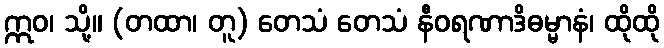
ဣဝ၊ သို့။ (တထာ၊ တူ) တေသံ တေသံ နီဝရဏာဒိဓမ္မာနံ၊ ထိုထို